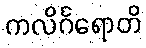
ကလိင်္ဂရောတိ